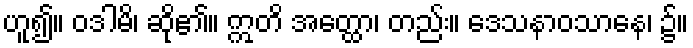
ဟူ၍။ ဝဒါမိ၊ ဆို၏။ ဣတိ အတ္ထော၊ တည်း။ ဒေသနာဝသာနေ၊ ၌။